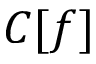
C [ f ]